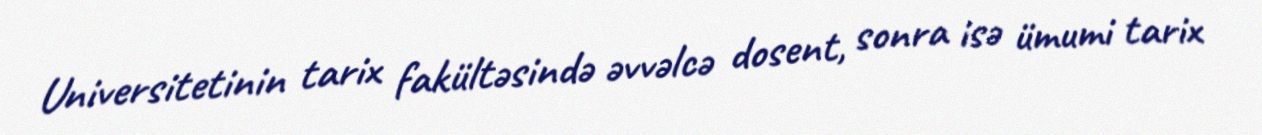
Universitetinin tarix fakültəsində əvvəlcə dosent, sonra isə ümumi tarix